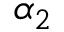
\alpha _ { 2 }